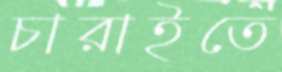
চারাইতে